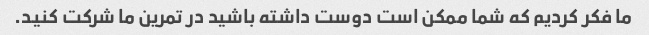
ما فکر کردیم که شما ممکن است دوست داشته باشید در تمرین ما شرکت کنید.